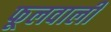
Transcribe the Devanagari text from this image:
फूलवाली